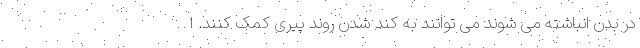
در بدن انباشته می شوند می توانند به کند شدن روند پیری کمک کنند. ا